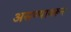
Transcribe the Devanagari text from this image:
असण्यावरून